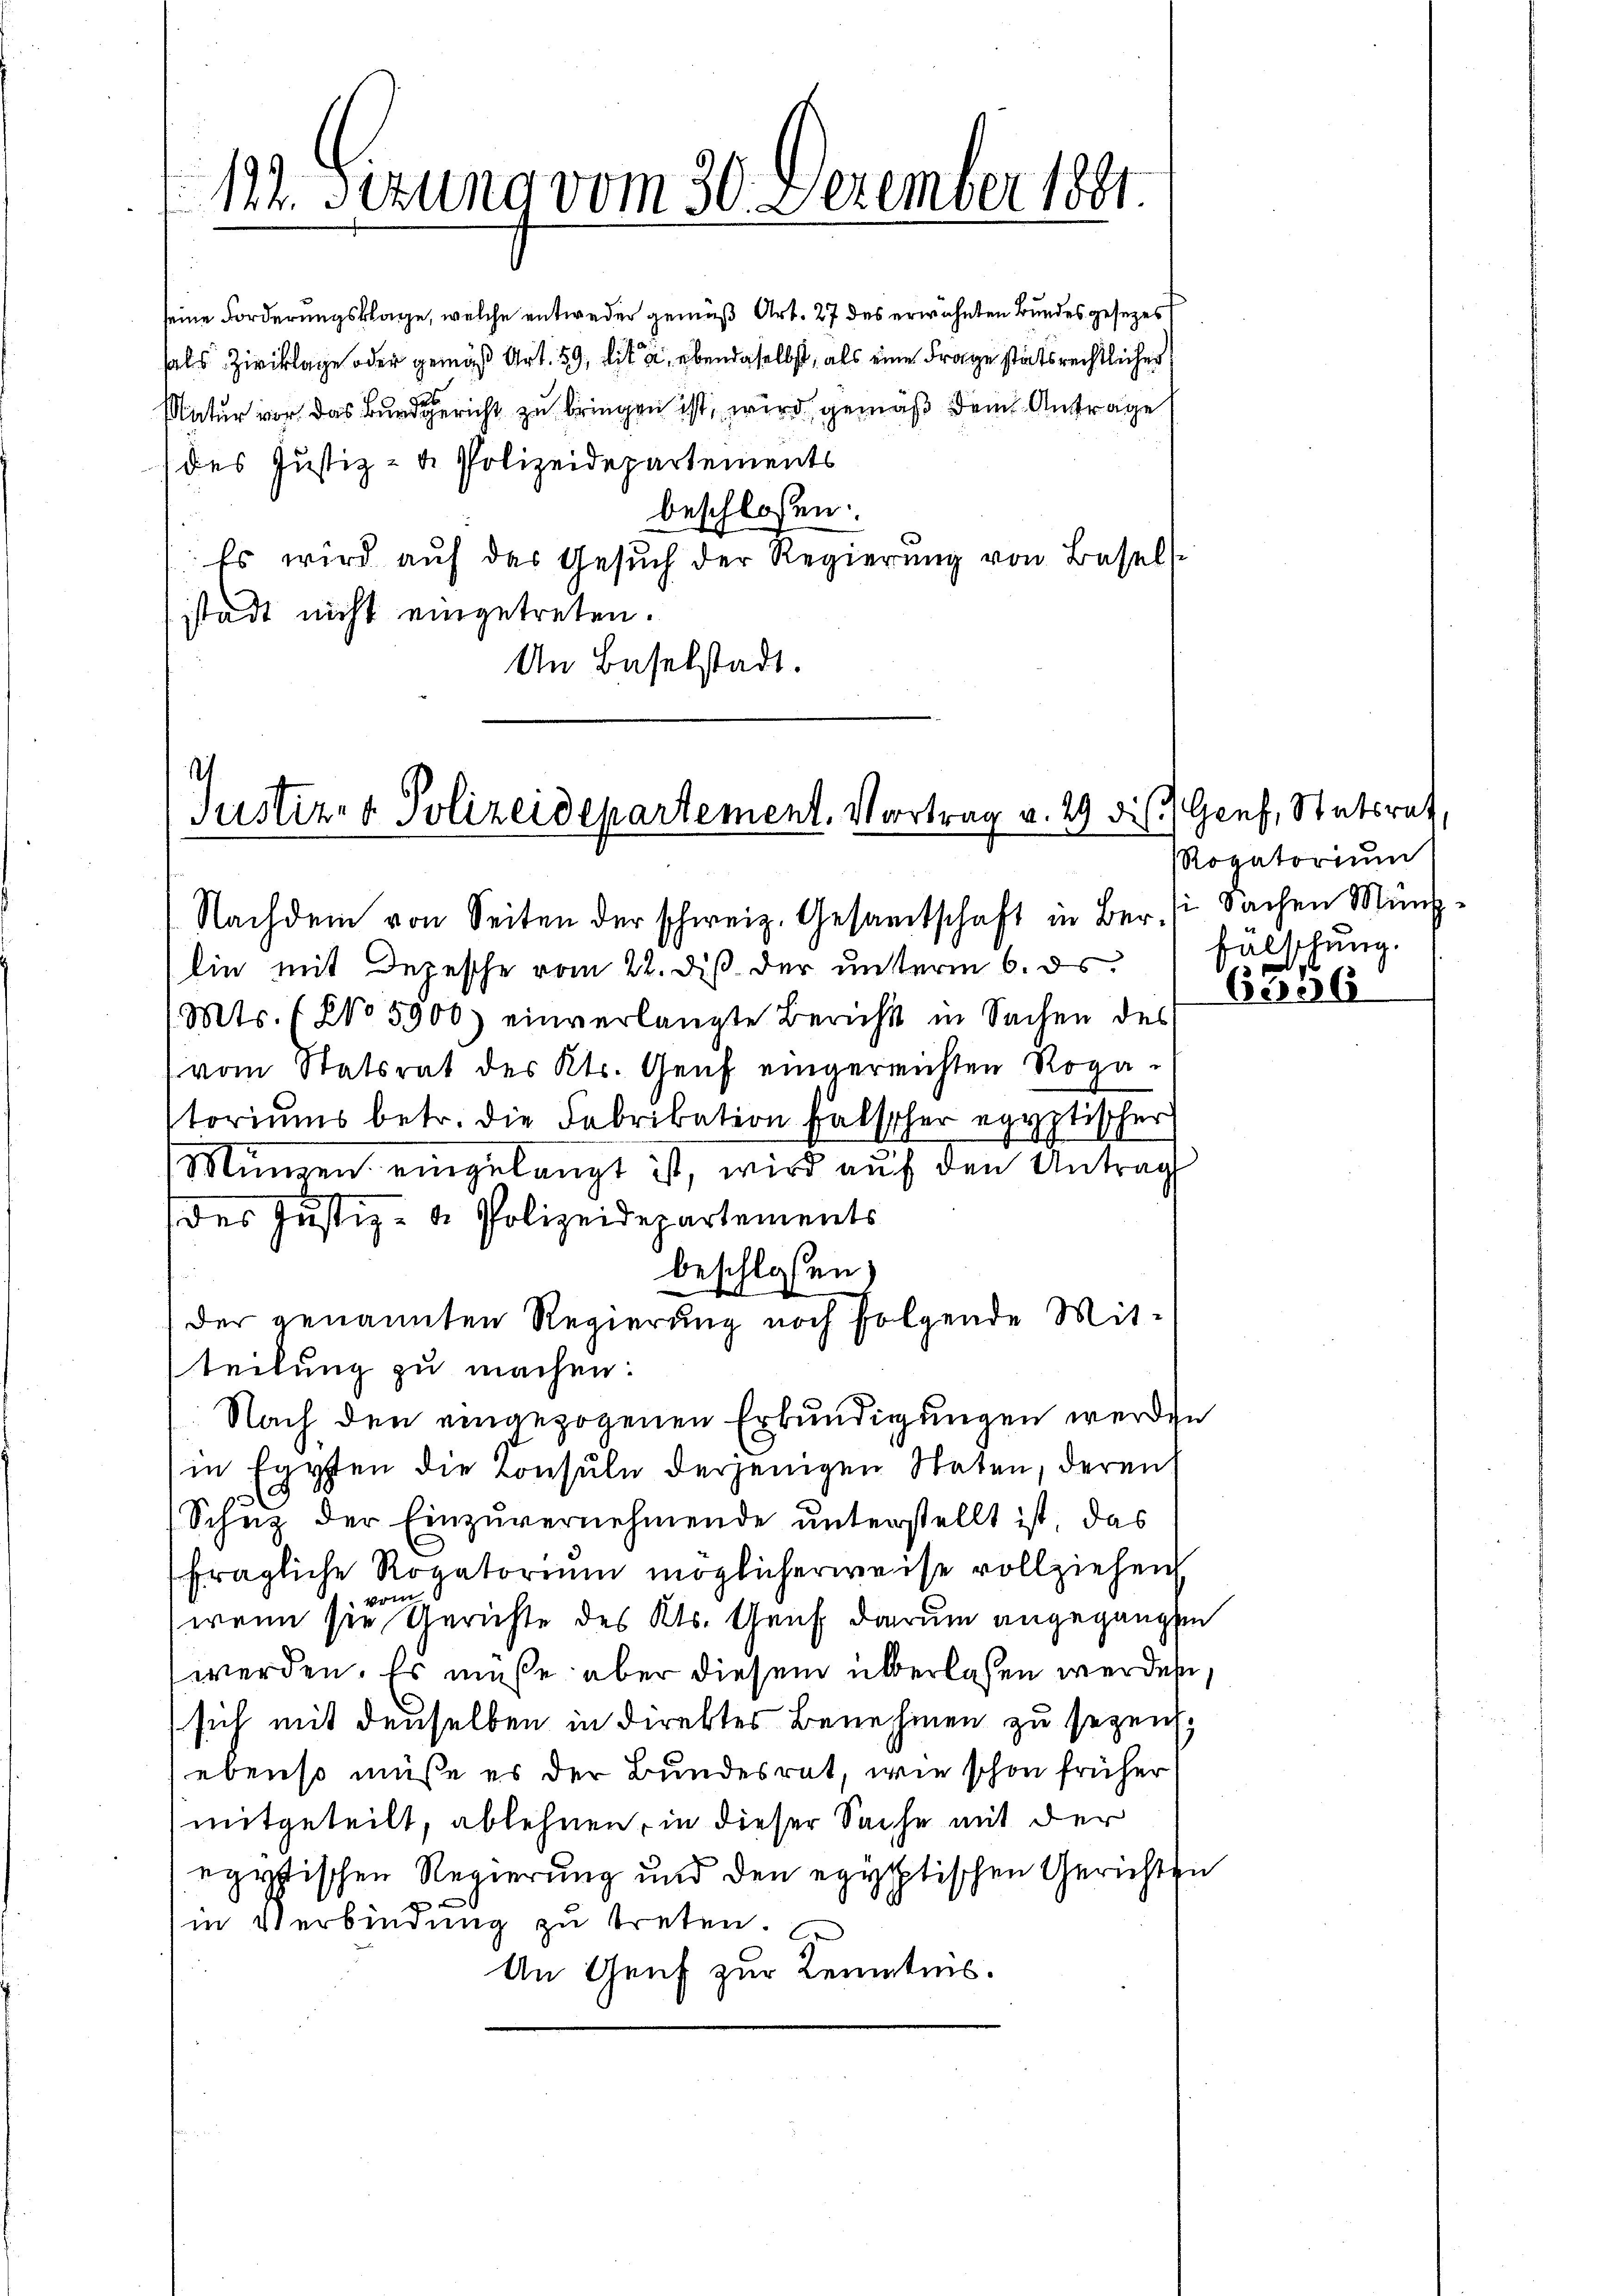
122. Sizung vom 30. Dezember 1891

seine Forderungsklage, welche entweder gemäß Art. 27 des erwähnten Bundes gesezes
fals Ziviklage oder gemäß Art. 59, lit, ebendaselbst, als eine Frage stätsrechtlicher
Natur vor. Das Bunde richt zu bringen ist, wird gemäß dem Antrage
des Justiz- & Polizeidepartements
beschlossen:
Es wird auf das Gesuch der Regierung von Basels
stadt nicht eingetreten.
An Baselstadt.

Justiz- & Polizeidepartement. Vortrag v. 29 dies
Nachdem von Seiten der schweiz. Gesamtschaft in Ber (: Sachen Münz¬

lin mit Depesche vom 22. diβ der ŭnterm 6. ds. falschŭng.
(Mts. (No 5900) einverlangte Bericht in Sachen des
(vom Statsrat des Kts. Genf eingereichten Rogastoriums betr. die Fabrikation falscher egyptischer
Münzen eingelangt ist, wird auf den Antrag
des Justiz- & Polizeidepartements
beschlossen)
der genannten Regierung noch folgende Mit-
teilung zu machen:
Nach den eingezogenen Erkundigungen werden
in Egypten die Konsuln derjenigen Staten, deren
Schuz der Einzuvernehmende unterstellt ist, das
fragliche Rogatoriŭm möglicherweise vollziehen,
vom
wenn sie Gerichte des Kts. Genf darum angegangen
werden. Es müße aber diesem überlassen werden
sich mit denselben in direktes Benehmen zu sezen.
ebenso müße es der Bundesrat, wie schon früher
mitgeteilt, ablehnen, in dieser Sache mit der
egytischen Regierung und den egyptischen Gerichten
in Verbindung zu treten.
An Genf zur Kenntnis.

Genf, Statsrat
Rogatorium

6556